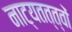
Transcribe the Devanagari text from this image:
नाट्यतत्त्वों